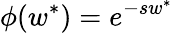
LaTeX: \phi(w^{*})=e^{-sw^{*}}